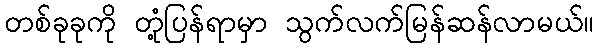
တစ်ခုခုကို တုံ့ပြန်ရာမှာ သွက်လက်မြန်ဆန်လာမယ်။